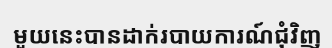
មួយនេះបានដាក់របាយការណ៍ជុំវិញ